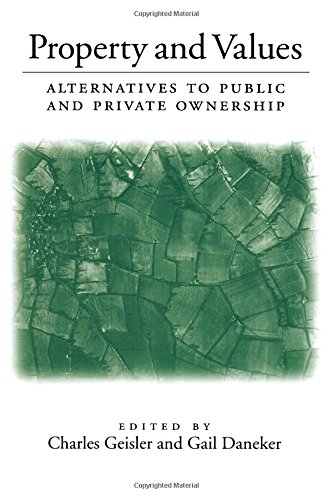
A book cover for Property and Values: Alternatives To Public And Private Ownership; Law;